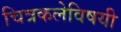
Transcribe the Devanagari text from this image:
चित्रकलेविषयी